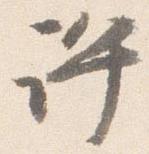
許